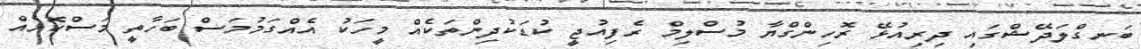
ބަނގްލަދޭޝްގައި ދިރިއުޅޭ ރޮހިންގްޔާ މުސްލިމް ރެފިއުޖީ ކުޑަކުދިންތަކެއް މީހަކު އެއްގަމުމަސް ބަހާތީ މަސްކޮޅެއް